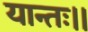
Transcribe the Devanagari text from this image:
यान्तः।।